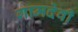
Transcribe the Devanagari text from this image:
गामदेवी